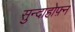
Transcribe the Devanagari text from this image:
सुन्दाहोफ़्न